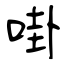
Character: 啩